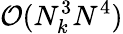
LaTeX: \mathcal{O}(N_{k}^{3}N^{4})